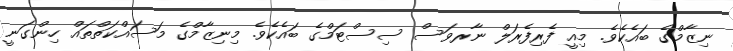
ނިޒާމްގެ ބައެކެވެ. މިއީ ފެރިފެރަލް ނާރވަސް ސިސްޓަމްގެ ބައެކެވެ. މިނިޒާމްގެ މަސައްކަތްތައް ހިންގަނީ